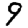
Digit: 9